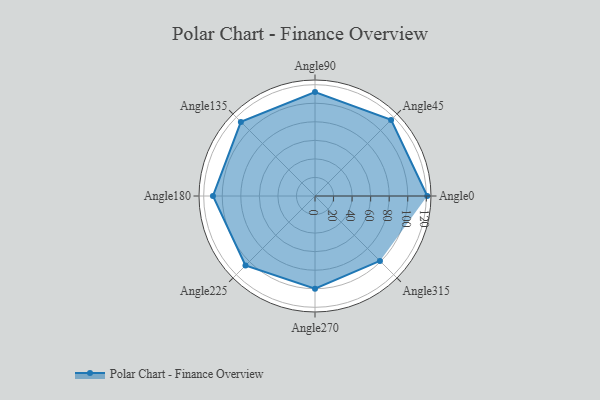
{"axis": {"x": "Angle", "y": "Radius"}, "legend": [""], "data": [{"x": "Angle0", "y": 121.0, "type": ""}, {"x": "Angle45", "y": 116.0, "type": ""}, {"x": "Angle90", "y": 112.0, "type": ""}, {"x": "Angle135", "y": 113.0, "type": ""}, {"x": "Angle180", "y": 110.0, "type": ""}, {"x": "Angle225", "y": 106.0, "type": ""}, {"x": "Angle270", "y": 100.0, "type": ""}, {"x": "Angle315", "y": 99.0, "type": ""}]}